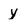
Character: y